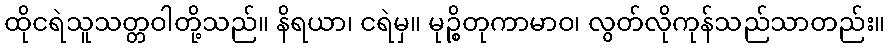
ထိုငရဲသူသတ္တဝါတို့သည်။ နိရယာ၊ ငရဲမှ။ မုဉ္စိတုကာမာဝ၊ လွတ်လိုကုန်သည်သာတည်း။